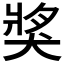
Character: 𤟒